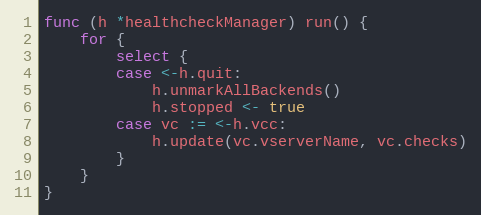
Language: Go
func (h *healthcheckManager) run() {
	for {
		select {
		case <-h.quit:
			h.unmarkAllBackends()
			h.stopped <- true
		case vc := <-h.vcc:
			h.update(vc.vserverName, vc.checks)
		}
	}
}